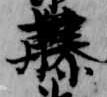
藤